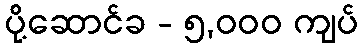
ပို့ဆောင်ခ - ၅,၀၀၀ ကျပ်